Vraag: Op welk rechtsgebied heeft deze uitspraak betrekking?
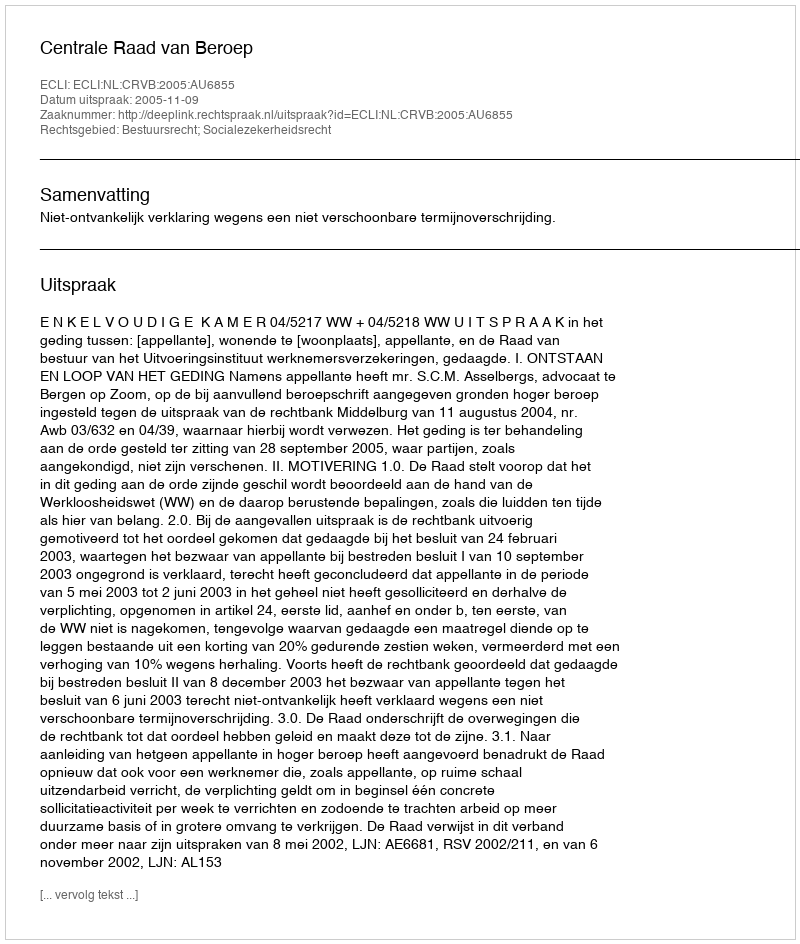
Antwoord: Bestuursrecht; Socialezekerheidsrecht